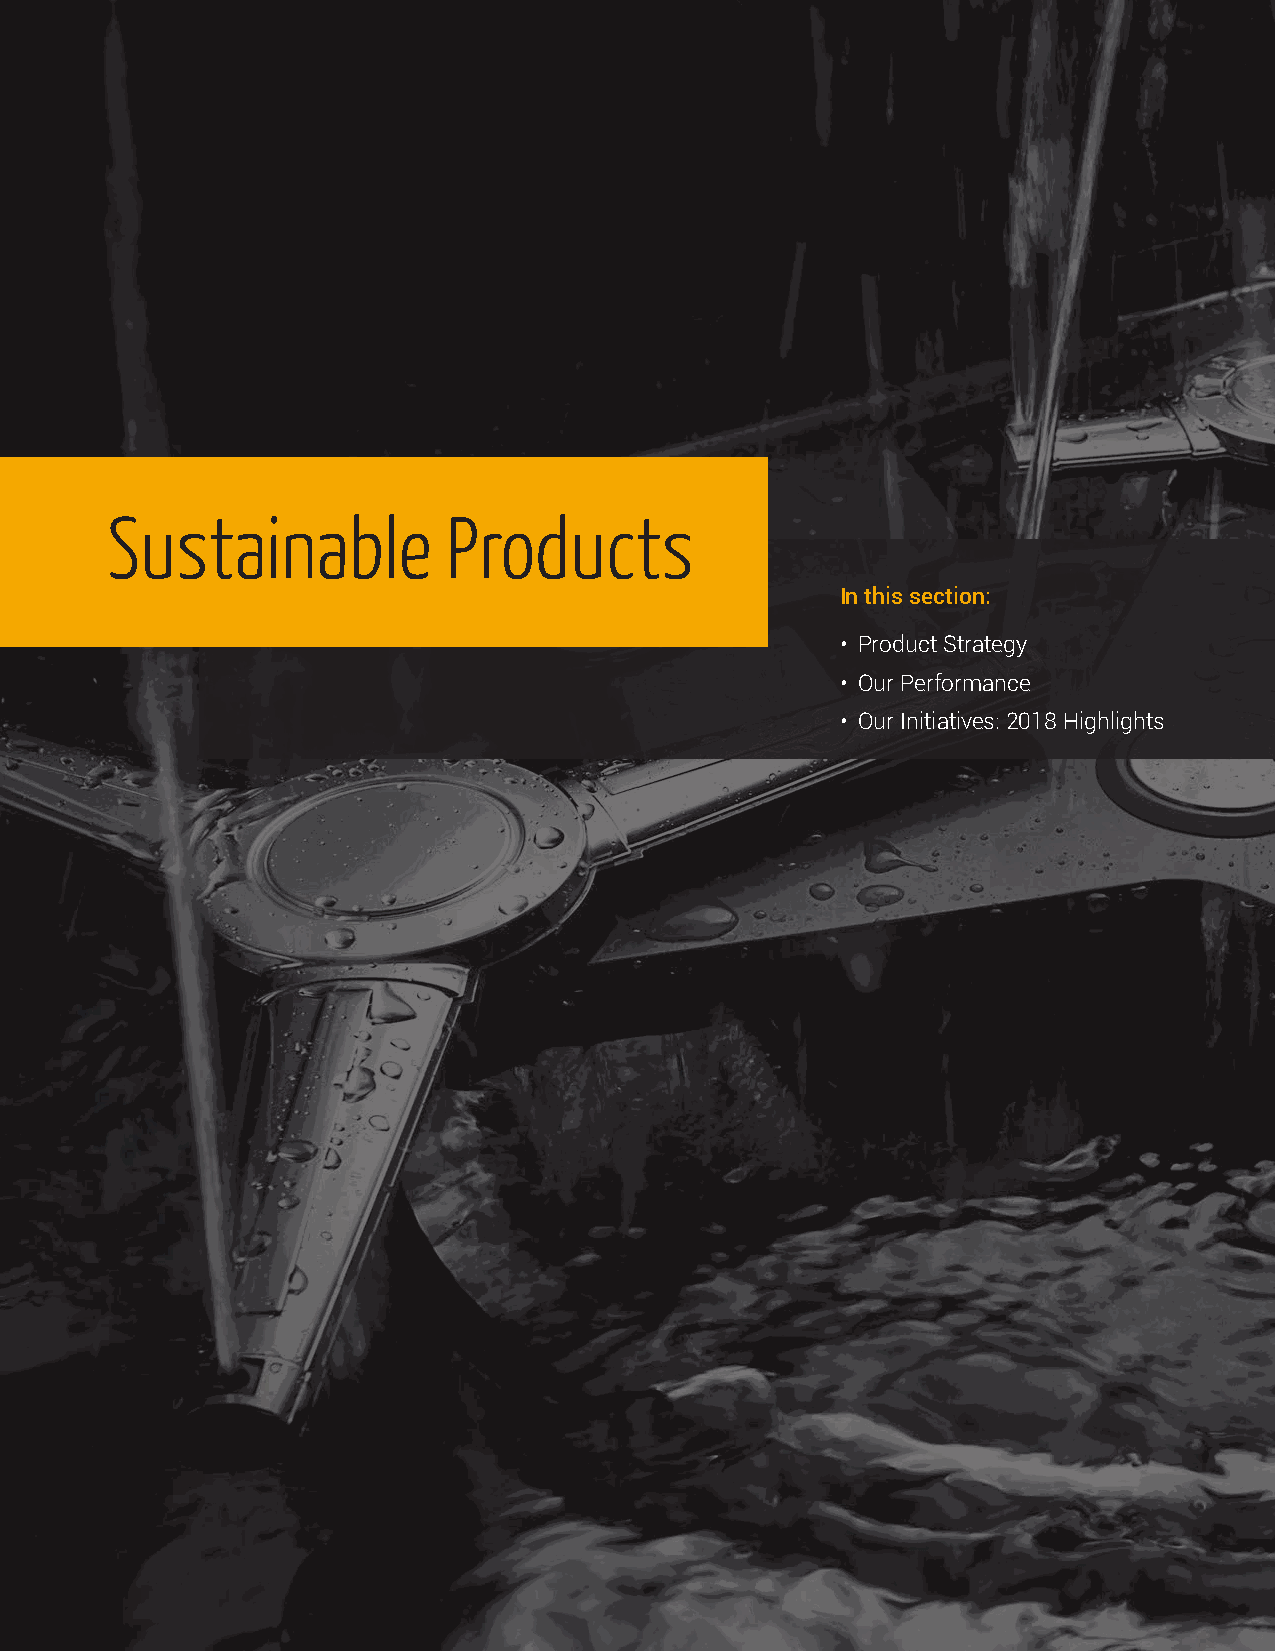
Sustainable            Products
 In this section:
 • Product Strategy
 • Our Performance
 • Our Initiatives: 2018 Highlights